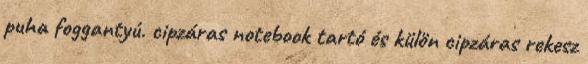
puha foggantyú. cipzáras notebook tartó és külön cipzáras rekesz